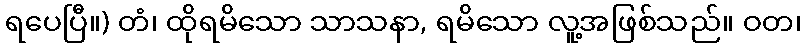
ရပေပြီ။) တံ၊ ထိုရမိသော သာသနာ, ရမိသော လူ့အဖြစ်သည်။ ဝတ၊